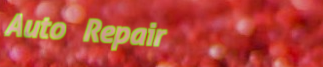
Auto Repair